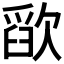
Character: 𰙗